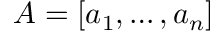
A = [ a _ { 1 } , \ldots , a _ { n } ]